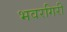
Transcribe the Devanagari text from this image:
भवरगिरी